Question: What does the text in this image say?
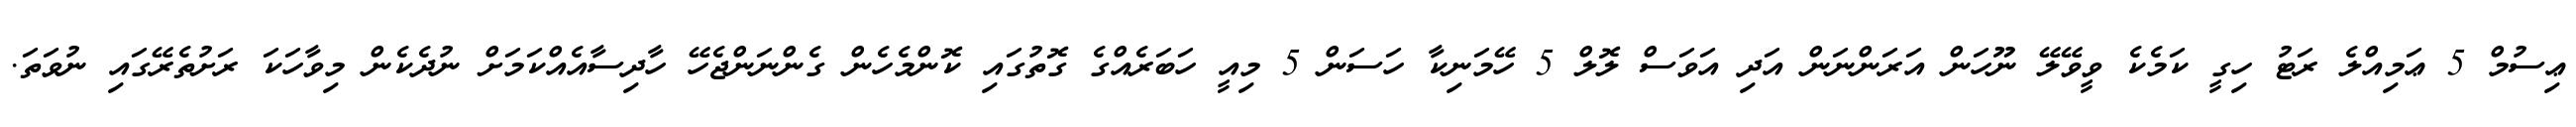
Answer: ޢިސުމް 5 ޢަމިއްލެ ރަޓު ހިގީ ކަމެކެ ވީވޭލޭ ނޫހަން އަރަންނަން އަދި އަވަސް ލޮލް 5 ހޭމަނިކާ ހަސަން 5 މިއީ ހަބަރެއްގެ ގޮތުގައި ކޮންމެހެން ގެންނަންޖެހޭ ހާދިސާއެއްކަމަށް ނުދެކެން މިވާހަކަ ރަށުތެރޭގައި ނުވަތަ.